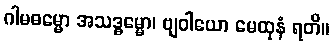
ဂါမဓမ္မော အသဒ္ဓမ္မော၊ ဗျဝါယော မေထုနံ ရတိ။